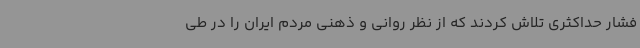
فشار حداکثری تلاش کردند که از نظر روانی و ذهنی مردم ایران را در طی